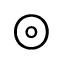
\circledcirc